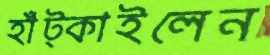
হাঁট্‌কাইলেন